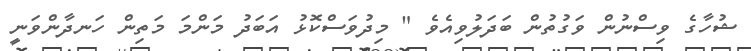
ޝުހާގެ ވިސްނުން ވަގުތުން ބަދަލުވިއެވެ " މިދުވަސްކޮޅު އަބަދު މަންމަ މަތިން ހަނދާންވަނީ